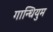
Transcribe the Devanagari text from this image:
गान्धियुम